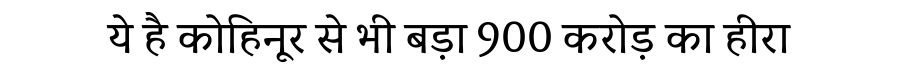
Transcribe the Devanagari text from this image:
ये है कोहिनूर से भी बड़ा 900 करोड़ का हीरा